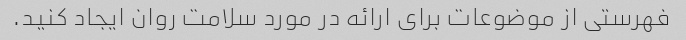
فهرستی از موضوعات برای ارائه در مورد سلامت روان ایجاد کنید.